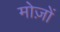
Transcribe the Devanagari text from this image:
मोज़ों